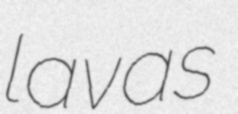
lavas